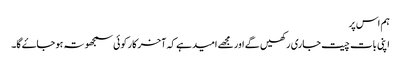
ہم اس پر
اپنی بات چیت جاری رکھیں گے اور مجھے امید ہے کہ آخر کار کوئی سمجھوتہ ہو جاۓ گا۔